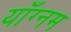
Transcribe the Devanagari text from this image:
याँग्नम